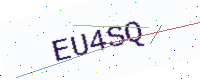
Text: EU4SQ